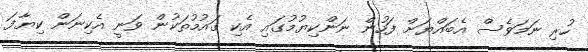
ހުރި ނަމަވެސް އެބައްޔަށް ފަހުން ނަންކިޔުމުގައި އެކި ގައުމުތަކުން ވަނީ އެކިނަން ކިޔާފަ